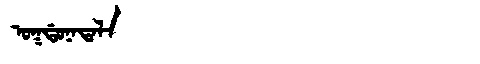
Manchu: ᠣᡴᡩᠣᠨᠠᡨᠠᠯᠠ
Romanization: OKDONATALA